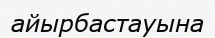
айырбастауына